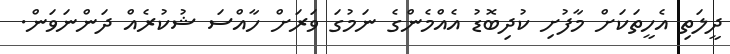
ދީލަތި އެހީތަކަށް މާފުށި ކުދިބޮޑު އެއްމެންގެ ނަމުގަ ވަރަށް ހާއްސަ ޝުކުރެއް ދަންނަވަން.